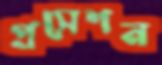
প্রসেশন